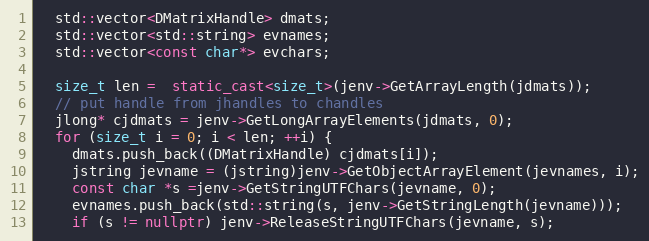
Language: C++
  std::vector<DMatrixHandle> dmats;
  std::vector<std::string> evnames;
  std::vector<const char*> evchars;

  size_t len =  static_cast<size_t>(jenv->GetArrayLength(jdmats));
  // put handle from jhandles to chandles
  jlong* cjdmats = jenv->GetLongArrayElements(jdmats, 0);
  for (size_t i = 0; i < len; ++i) {
    dmats.push_back((DMatrixHandle) cjdmats[i]);
    jstring jevname = (jstring)jenv->GetObjectArrayElement(jevnames, i);
    const char *s =jenv->GetStringUTFChars(jevname, 0);
    evnames.push_back(std::string(s, jenv->GetStringLength(jevname)));
    if (s != nullptr) jenv->ReleaseStringUTFChars(jevname, s);